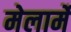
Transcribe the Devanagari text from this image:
मेलार्मे